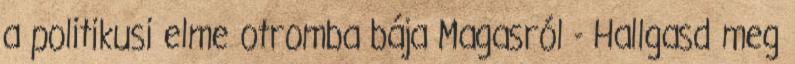
a politikusi elme otromba bája Magasról - Hallgasd meg